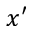
x ^ { \prime }